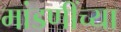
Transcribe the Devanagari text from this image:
मांडणींच्या